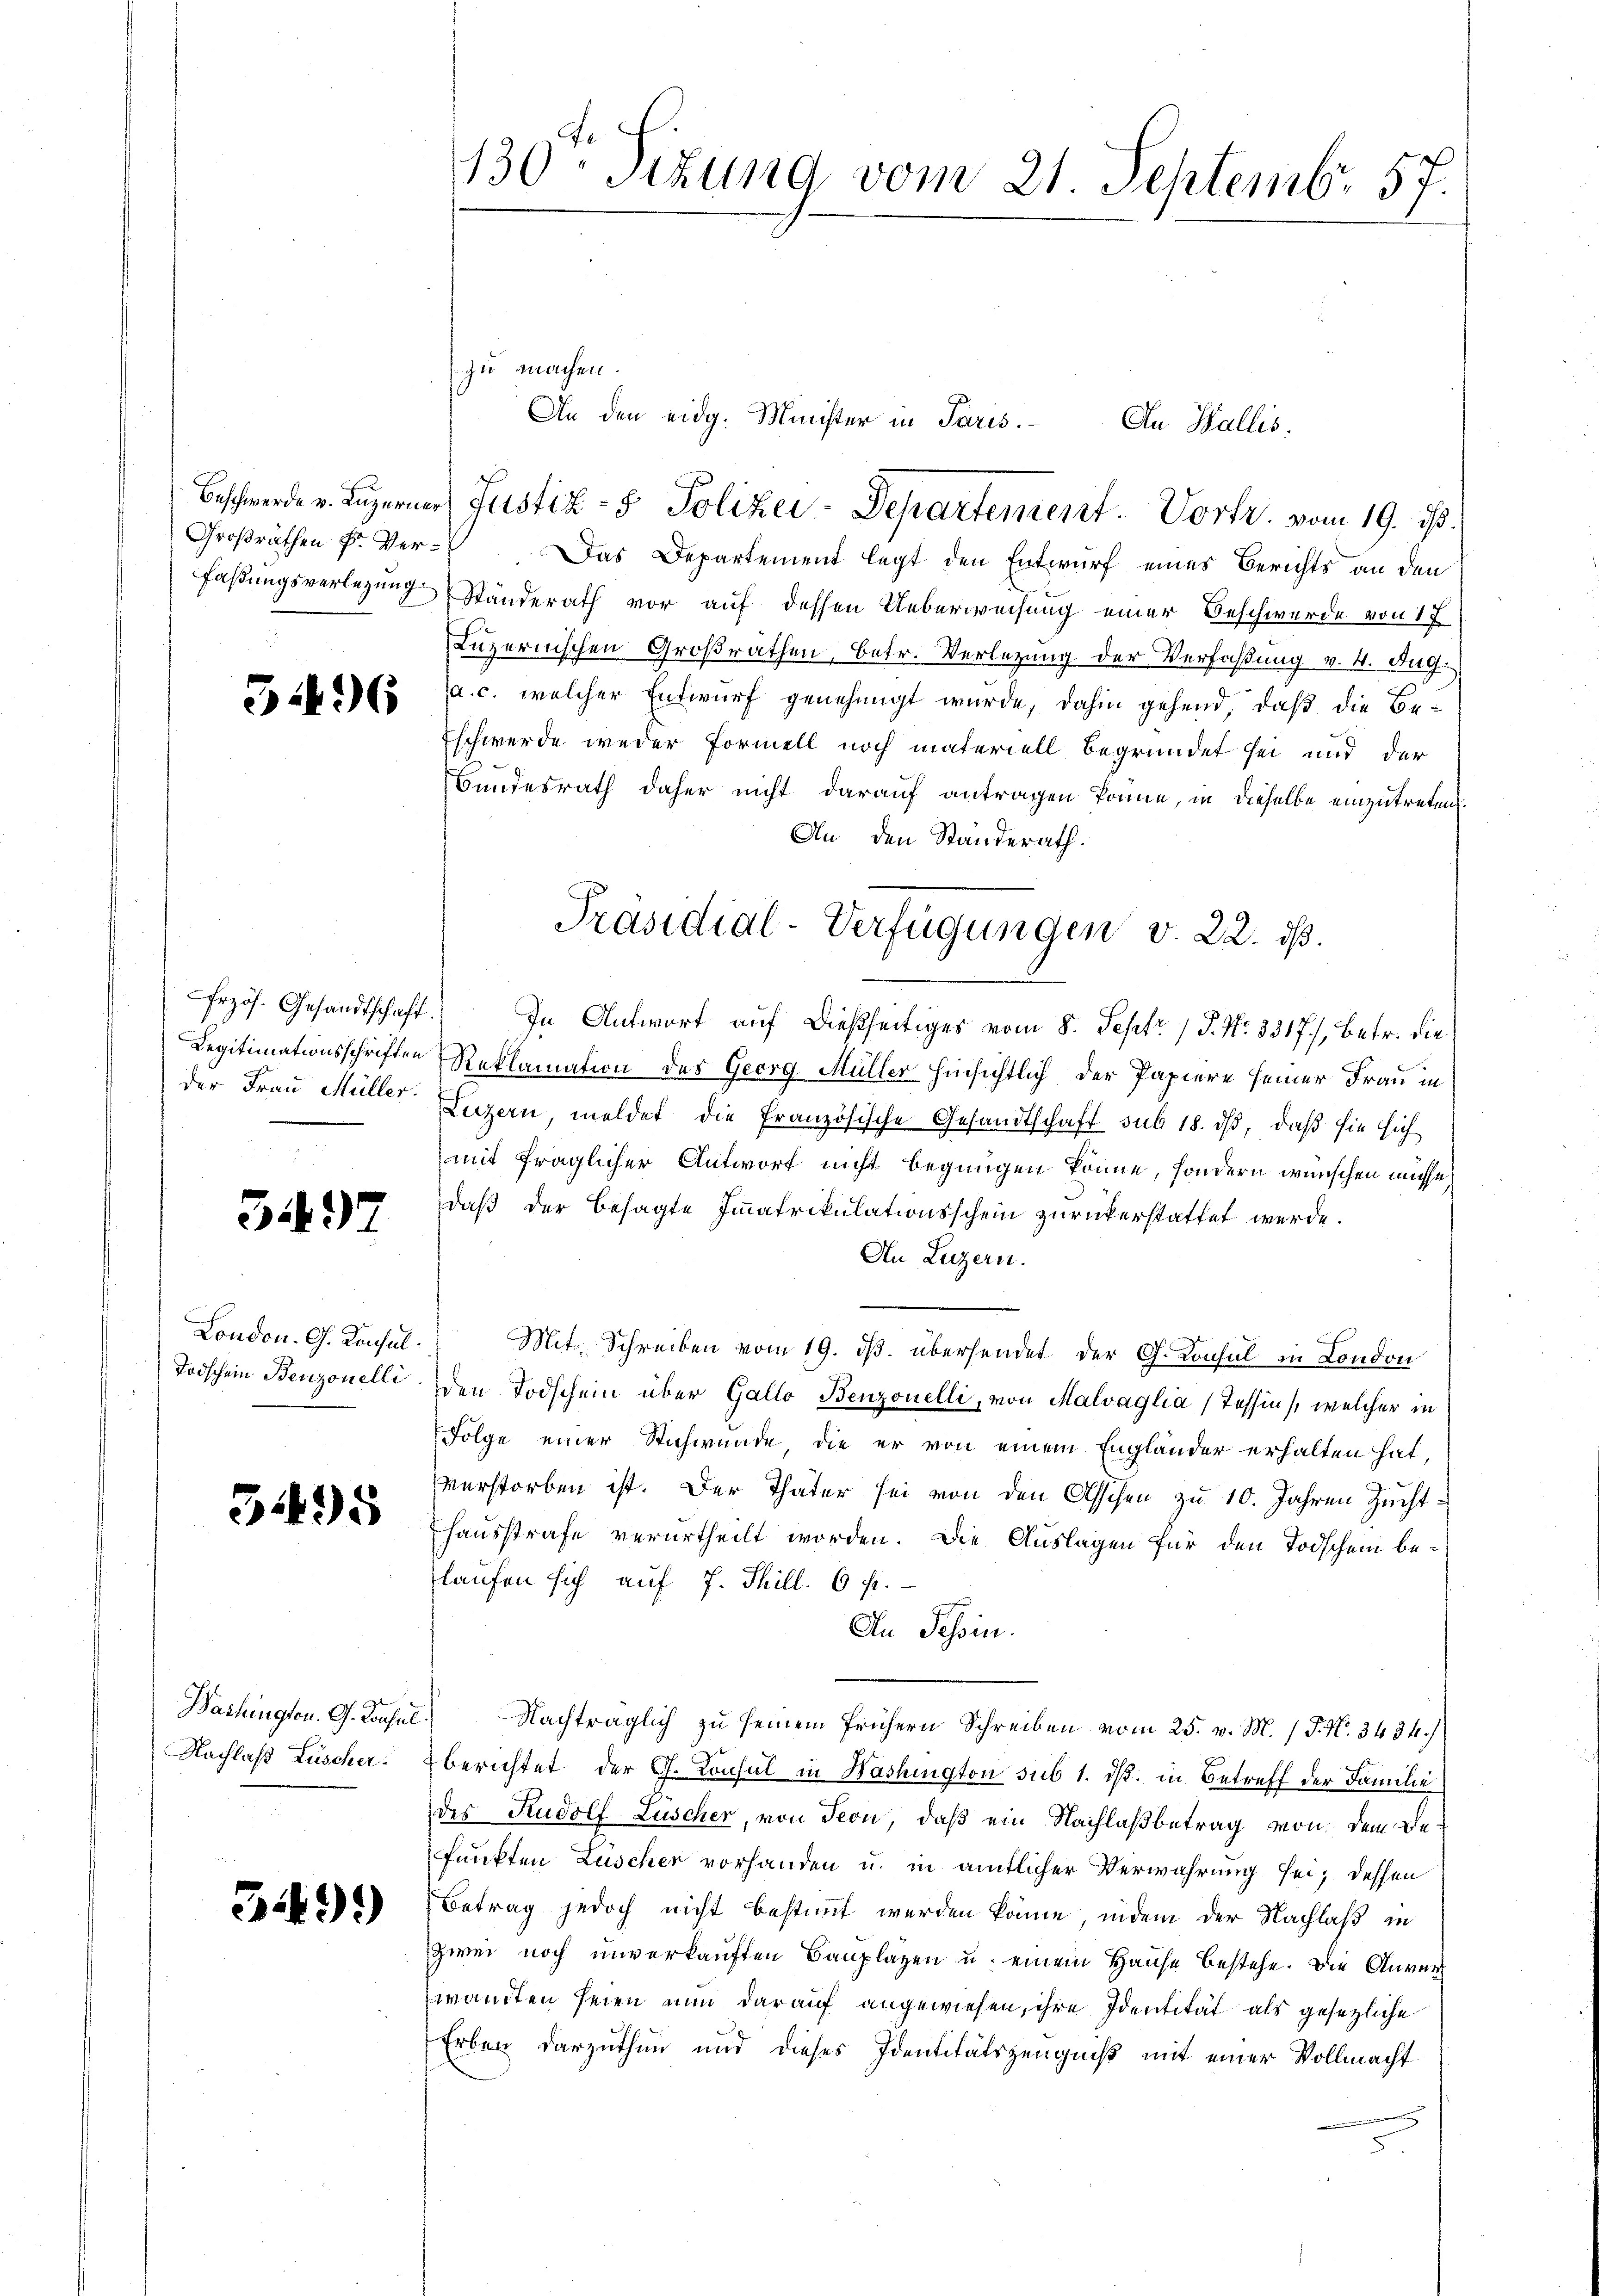
Großräthen Fr. Ver¬

596

der Frau Müller.

31497

London. G. Consul
Todschein Benzonelli

5495

Nachlaß Lüscher.

349)

130 Sizung vom 21. Septembr. 57.

zu machen.
An den eidg. Minister in Paris. An Wallis,
Beschwerde v. Luzerner Justiz- & Polizei-Departement. Vortr. vom 19. ds.
Das Departement legt den Entwurf eines Berichts an den
faßungsverlegung Ständerath vor auf dessen Ueberweisung einer Beschwerde von 17
Luzernischen Großrathen, betr. Verlegung der Verfaßung v. 4. Aug.
a. c. welcher Entwurf genehmigt wurde, dahin gehend, daß die Be¬
Eschwerde weder Formell noch materiell begründet sei und der
Bundesrath daher nicht darauf antragen könne, in dieselbe einzutreten.
An den Standerath.
frzös. Gesandtschaft. In Antwort auf dießseitiges vom 8. Septr / P. Nr. 3317), betr. die
Legitimationsschriften Reklamation des Georg Müller hinsichtlich der Papiere seiner Frau in
Luzern, meldet die französische Gesandtschaft sub 18. ds, daß sie sich
mit fraglicher Antwort nicht begangen könne, sondern wünschen müsse
daß der besagte Immatrikulationsschein zurückerstattet werde.
An Luzern.
Mit Schreiben vom 19. ds. übersendet der G. Konsul in London
den Todschein über Gallo Benzonelli, von Malvaglia (Tessin, welcher in
Folge einer Stichwunde, die er von einem Engländer erhalten hat,
verstorben ist. Der Thäter sei von den Asschen zu 10. Jahren Zuchthausstrafe verurtheilt worden. Die Auslagen für den Todschein belaufen sich auf f. Thill. 6 f.
In Tessin.
Washingten. G. Konsul Nachträglich zu seinem frühern Schreiben vom 25. v. M. P. N. 3434.
berichtet der G. Consul in Washington sub 1. dß. in Betreff der Familie
des Rudolf Lüscher, von Seon, daß ein Nachlaßbetrag von dem Befunkten Luscher vorhanden u. in amtlicher Verwahrung sei; dessen
Betrag jedoch nicht bestimmt werden könne, indem der Nachlaß in
zwei noch unverkauften Bauplazen u. einem Hause bestehe. Die Anver
wandten seien nun darauf angewiesen, ihre Identität als gesetzliche
Erben darzuthun und dieses Identitätszeugniß mit einer Vollmacht
2

Präsidial-Verfügungen v. 22. dß.